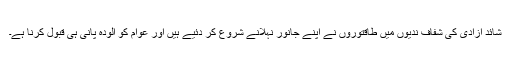
شائد آزادی کی شفاف ندیوں میں طاقتوروں نے اپنے جانور نہلانے شروع کر دئیے ہیں اور عوام کو آلودہ پانی ہی قبول کرنا ہے۔